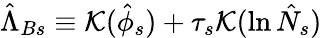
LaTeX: \hat{\Lambda}_{Bs}\equiv{\cal{K}}(\hat{\phi}_{s})+\tau_{s}{\cal{K}}(\ln\hat{N}_{s})